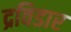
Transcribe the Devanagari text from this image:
द्रविडार